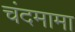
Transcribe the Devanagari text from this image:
चंदमामा